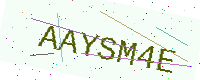
Text: AAYSM4E